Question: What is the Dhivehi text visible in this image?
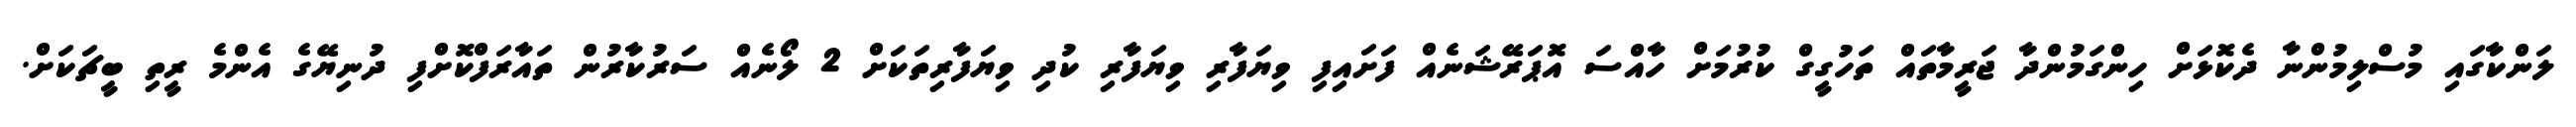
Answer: ލަންކާގައި މުސްލިމުންނާ ދެކޮޅަށް ހިންގަމުންދާ ޖަރީމާތައް ތަހުގީގް ކުރުމަށް ހާއްސަ އޮޕަރޭޝަނެއް ފަށައިފި ވިޔަފާރި ވިޔަފާރި ކުދި ވިޔަފާރިތަކަށް 2 ލޯނެއް ސަރުކާރުން ތައާރަފްކޮށްފި ދުނިޔޭގެ އެންމެ ރީތި ބީޗަކަށް.